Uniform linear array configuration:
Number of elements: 12
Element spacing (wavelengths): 1
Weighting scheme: hamming
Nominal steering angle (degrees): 45
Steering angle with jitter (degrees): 44.594
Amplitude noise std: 0.05
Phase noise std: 0.05

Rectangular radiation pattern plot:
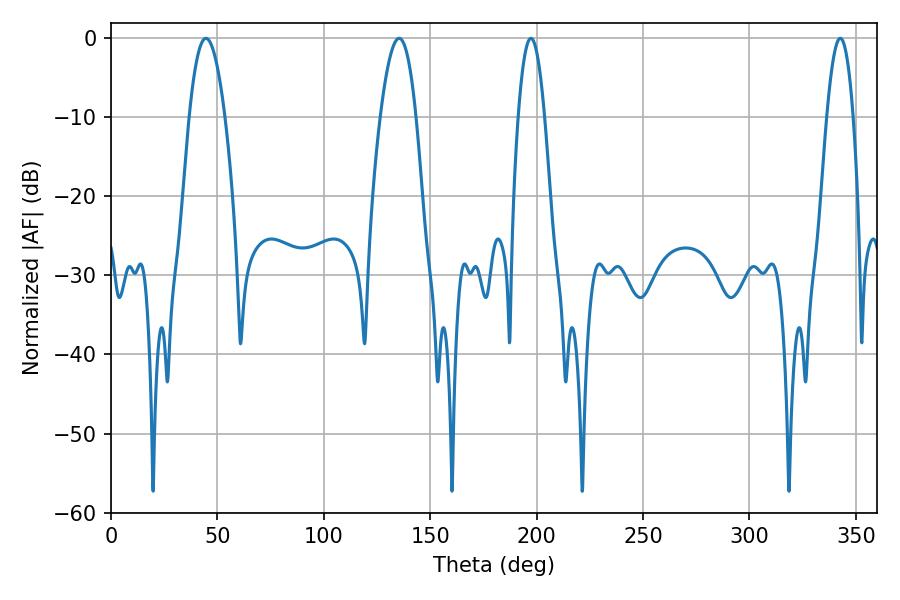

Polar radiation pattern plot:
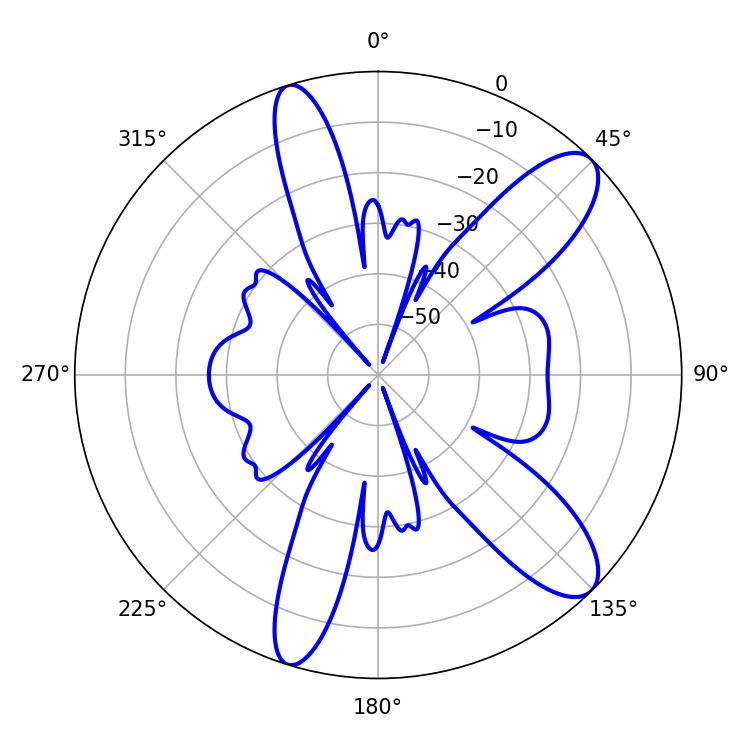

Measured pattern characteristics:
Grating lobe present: TRUE
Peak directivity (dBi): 10.773
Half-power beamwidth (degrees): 9.18
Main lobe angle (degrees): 44.64